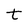
Character: t